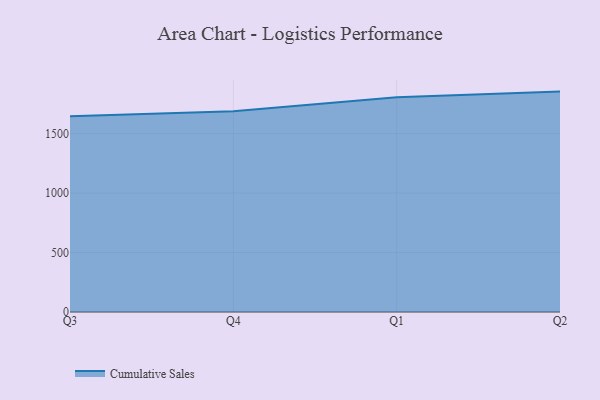
{"axis": {"x": "Quarter", "y": "Shipments"}, "legend": ["Cumulative Sales"], "data": [{"x": "Q3", "y": 1645.0, "type": "Cumulative Sales"}, {"x": "Q4", "y": 1687.3, "type": "Cumulative Sales"}, {"x": "Q1", "y": 1806.2, "type": "Cumulative Sales"}, {"x": "Q2", "y": 1853.2, "type": "Cumulative Sales"}]}